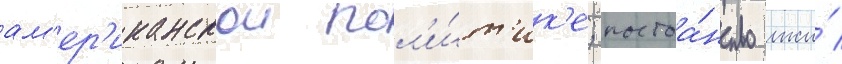
ам'ер'иканскои пол'и́т'ик'е; постоа́нство лжи́